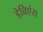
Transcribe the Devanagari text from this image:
डेविएंस